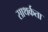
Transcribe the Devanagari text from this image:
साथर्कता